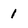
Character: 1